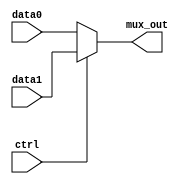
module mux (
    input [7:0] data0,
    input [7:0] data1,
    input ctrl,
    output reg [7:0] mux_out
);

always @(*) begin
    if (ctrl == 0)
        mux_out = data0;
    else
        mux_out = data1;
end

endmodule